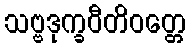
သဗ္ဗဒုက္ခဝီတိဝတ္တေ